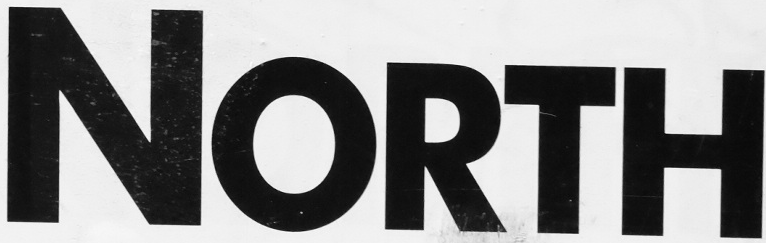
NORTH